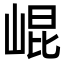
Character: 崐